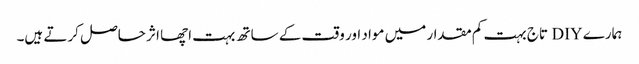
ہمارے DIY تاج بہت کم مقدار میں مواد اور وقت کے ساتھ بہت اچھا اثر حاصل کرتے ہیں۔